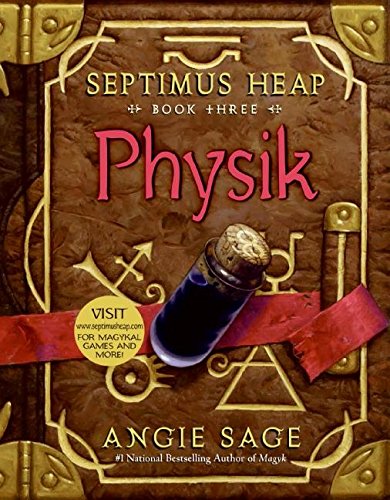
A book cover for Physik (Septimus Heap, Book Three); Angie Sage; Children's Books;